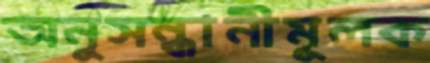
অনুসন্ধানীমূলক